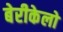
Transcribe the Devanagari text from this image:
बेरीकेलो